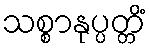
သစ္စာနုပ္ပတ္တိံ